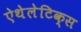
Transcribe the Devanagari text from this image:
ऐथेलेटिक्स